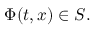
\Phi ( t , x ) \in S .